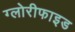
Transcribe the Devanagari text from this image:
ग्लोरीफाइड